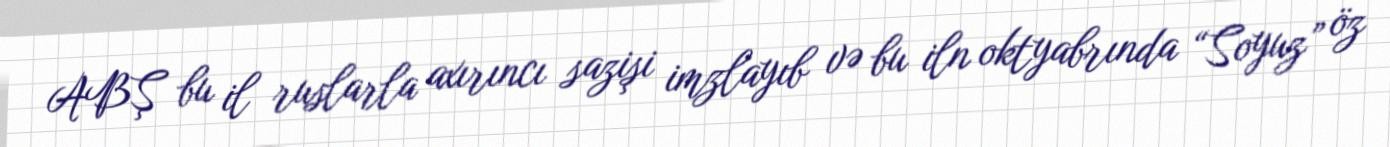
ABŞ bu il ruslarla axırıncı sazişi imzlayıb və bu iln oktyabrında “Soyuz” öz